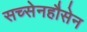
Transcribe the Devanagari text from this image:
सच्सेनहौसेन